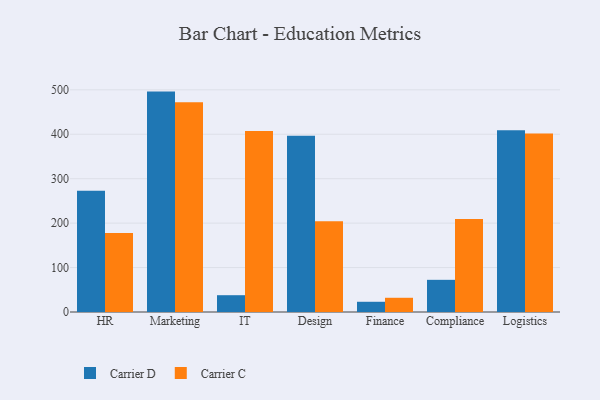
{"axis": {"x": "Department", "y": "Bounce Rate (%)"}, "legend": ["Carrier C", "Carrier D"], "data": [{"x": "HR", "y": 272.6, "type": "Carrier D"}, {"x": "HR", "y": 178.0, "type": "Carrier C"}, {"x": "Marketing", "y": 496.0, "type": "Carrier D"}, {"x": "Marketing", "y": 472.0, "type": "Carrier C"}, {"x": "IT", "y": 37.8, "type": "Carrier D"}, {"x": "IT", "y": 407.3, "type": "Carrier C"}, {"x": "Design", "y": 396.8, "type": "Carrier D"}, {"x": "Design", "y": 204.4, "type": "Carrier C"}, {"x": "Finance", "y": 23.0, "type": "Carrier D"}, {"x": "Finance", "y": 32.0, "type": "Carrier C"}, {"x": "Compliance", "y": 72.4, "type": "Carrier D"}, {"x": "Compliance", "y": 209.4, "type": "Carrier C"}, {"x": "Logistics", "y": 409.3, "type": "Carrier D"}, {"x": "Logistics", "y": 401.8, "type": "Carrier C"}]}